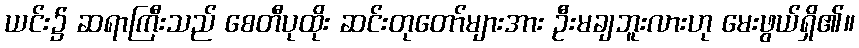
ယင်း၌ ဆရာကြီးသည် စေတီပုထိုး ဆင်းတုတော်များအား ဦးမချဘူးလားဟု မေးဖွယ်ရှိ၏။